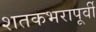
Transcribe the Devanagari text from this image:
शतकभरापूर्वी